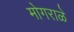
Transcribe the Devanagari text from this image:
मोगराळे